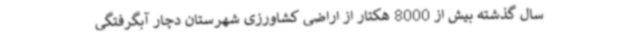
سال گذشته بیش از 8000 هکتار از اراضی کشاورزی شهرستان دچار آبگرفتگی